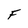
Character: F